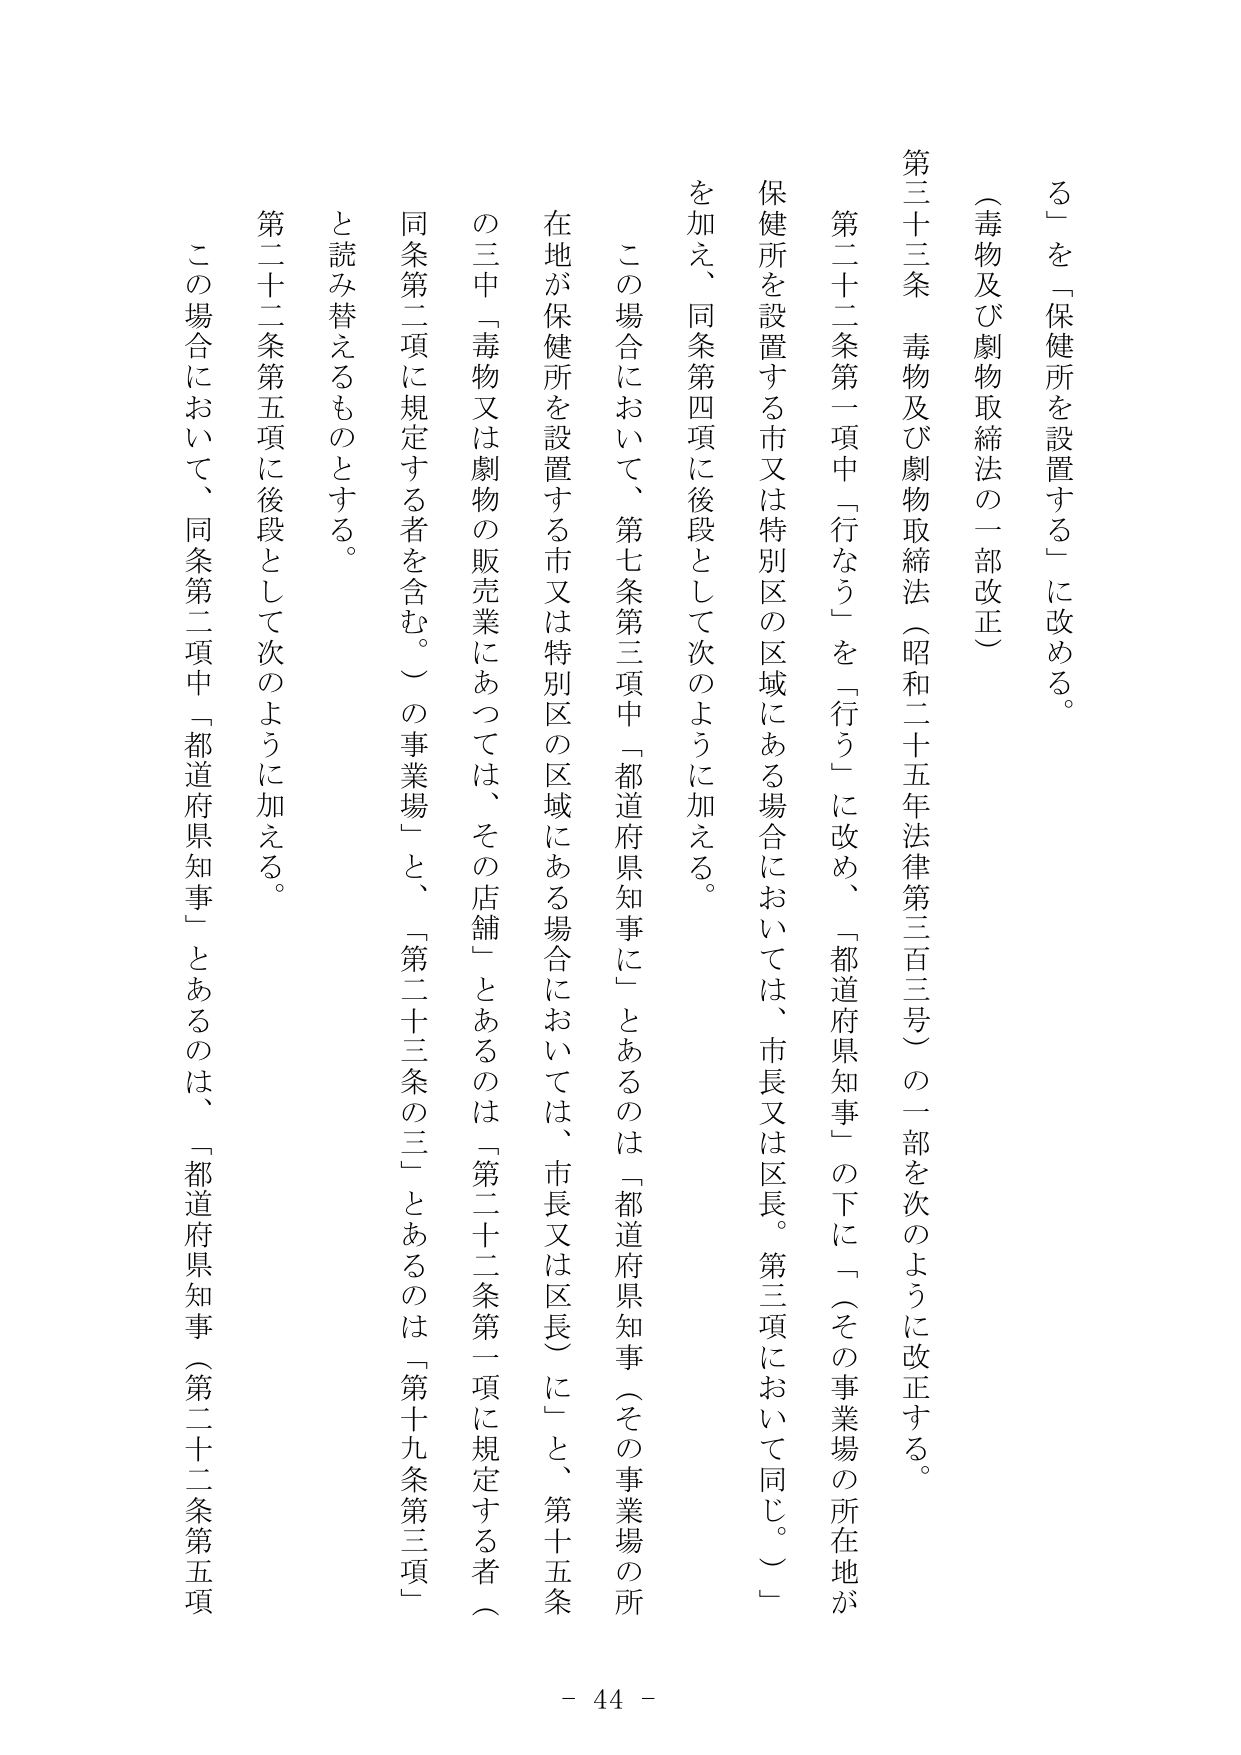
（毒物及び劇物取締法の一部改正）

第三十三条　毒物及び劇物取締法（昭和二十五年法律第三百三号）の一部を次のように改正する。

第二十二条第一項中「行なう」を「行う」に改め、「都道府県知事」の下に「（その事業場の所在地が保健所を設置する市又は特別区の区域にある場合においては、市長又は区長。第三項において同じ。）」を加え、同条第四項に後段として次のように加える。

　この場合において、第七条第三項中「都道府県知事に」とあるのは「都道府県知事（その事業場の所在地が保健所を設置する市又は特別区の区域にある場合においては、市長又は区長）に」と、第十五条の三中「毒物又は劇物の販売業にあっては、その店舗」とあるのは「第二十二条第一項に規定する者（同条第二項に規定する者を含む。）の事業場」と、「第二十三条の三」とあるのは「第十九条第三項」と読み替えるものとする。

第二十二条第五項に後段として次のように加える。

　この場合において、同条第二項中「都道府県知事」とあるのは、「都道府県知事（第二十二条第五項

- 44 -